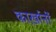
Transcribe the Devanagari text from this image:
कार्ख़ानों